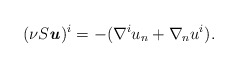
\begin{align*} (\nu S\textbf{\textit{u}})^i = -(\nabla^i u_n + \nabla_n u^i). \end{align*}